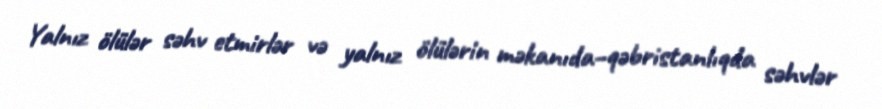
Yalnız ölülər səhv etmirlər və yalnız ölülərin məkanıda–qəbristanlıqda səhvlər